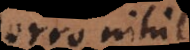
Porro nihil